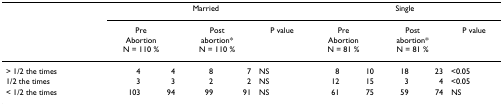
<table><thead><tr><td></td><td colspan="5"><b>Married</b></td><td colspan="5"><b>Single</b></td></tr><tr><td></td><td colspan="2"><b>PreAbortionN = 110 %</b></td><td colspan="2"><b>Postabortion*N = 110 %</b></td><td><b>P value</b></td><td colspan="2"><b>PreAbortionN = 81 %</b></td><td colspan="2"><b>Postabortion*N = 81 %</b></td><td><b>P value</b></td></tr></thead><tbody><tr><td>&gt; 1/2 the times</td><td>4</td><td>4</td><td>8</td><td>7</td><td>NS</td><td>8</td><td>10</td><td>18</td><td>23</td><td>&lt;0.05</td></tr><tr><td>1/2 the times</td><td>3</td><td>3</td><td>2</td><td>2</td><td>NS</td><td>12</td><td>15</td><td>3</td><td>4</td><td>&lt;0.05</td></tr><tr><td>&lt; 1/2 the times</td><td>103</td><td>94</td><td>99</td><td>91</td><td>NS</td><td>61</td><td>75</td><td>59</td><td>74</td><td>NS</td></tr></tbody></table>